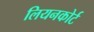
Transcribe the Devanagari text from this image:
लियनकोर्ट